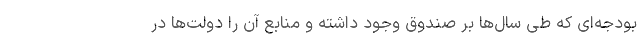
بودجه‌ای که طی سال‌ها بر صندوق وجود داشته و منابع آن را دولت‌ها در